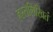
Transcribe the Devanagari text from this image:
हस्तलिखितं